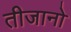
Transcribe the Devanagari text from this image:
तीजानो